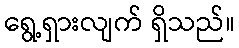
ရွေ့ရှားလျက် ရှိသည်။